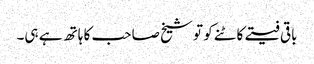
باقی فیتے کاٹنے کو تو شیخ صاحب کا ہاتھ ہے ہی۔